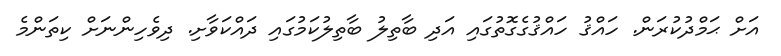
އަށް ޙަމްދުކުރަން. ހައްޤު ހައްޤުގެގޮތުގައި އަދި ބާތިލު ބާތިލުކަމުގައި ދައްކަވާށި. ދިވެހިންނަށް ކިތަންމެ